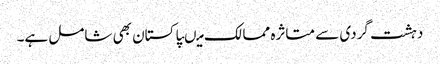
دہشت گردی سے متاثرہ ممالک میںپاکستان بھی شامل ہے۔